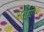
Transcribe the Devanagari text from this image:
मुद्राक्षरांचे